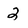
Character: 2